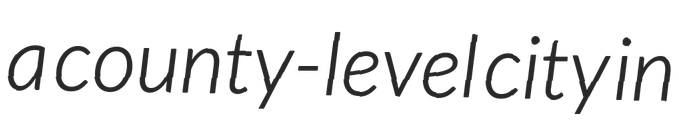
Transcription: a county-level city in